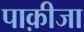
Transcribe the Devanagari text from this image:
पाक़ीजा